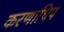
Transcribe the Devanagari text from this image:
करणाधिप